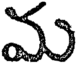
మ